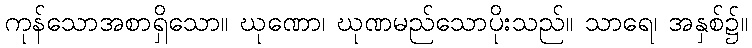
ကုန်သောအစာရှိသော။ ဃုဏော၊ ဃုဏမည်သောပိုးသည်။ သာရေ၊ အနှစ်၌။